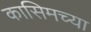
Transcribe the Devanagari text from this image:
कासिमच्या